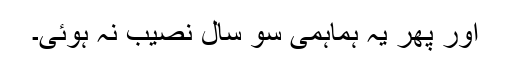
اور پھر یہ ہماہمی سو سال نصیب نہ ہوئی۔